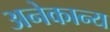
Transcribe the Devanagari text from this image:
अनेकान्य